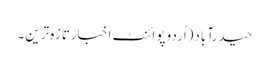
حیدرآباد(اُردو پوائنٹ اخبارتازہ ترین۔